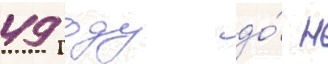
49 году до́ н